画像に写った文字を読んでください
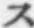
「ス」と書いてあります